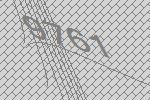
9761